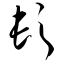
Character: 髟